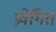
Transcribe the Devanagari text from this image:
प्रवेगित